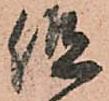
但